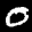
Label: 0